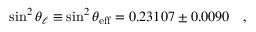
\sin ^ { 2 } \theta _ { \ell } \equiv \sin ^ { 2 } \theta _ { \mathrm { e f f } } = 0 . 2 3 1 0 7 \pm 0 . 0 0 9 0 ~ ~ ~ ,